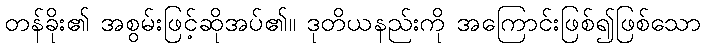
တန်ခိုး၏ အစွမ်းဖြင့်ဆိုအပ်၏။ ဒုတိယနည်းကို အကြောင်းဖြစ်၍ဖြစ်သော